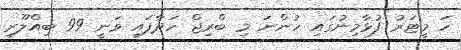
ހަ މީޓަރު ފުޅާމިނުގައި ހުންނަ މި ބްރިޖް ހަދާފައި ވަނީ 99 ބިއްލޫރި